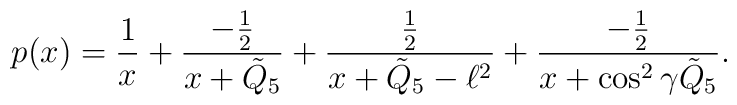
p(x)={1\over x}+{-{1\over 2}\over x+\tilde{Q}_{5} }+{{1\over2}\over x+\tilde{Q}_{5}-\ell^2}+{-{1\over 2}\over x+\cos^2\gamma \tilde{Q}_{5} }.